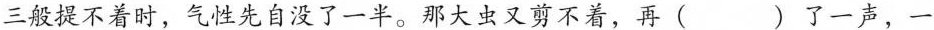
三般提不着时，气性先自没了一半。那大虫又剪不着，再()了一声，一